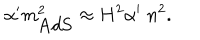
\alpha ^ { \prime } m _ { \mathrm { A d S } } ^ { 2 } \approx H ^ { 2 } \alpha ^ { \prime } \; n ^ { 2 } .